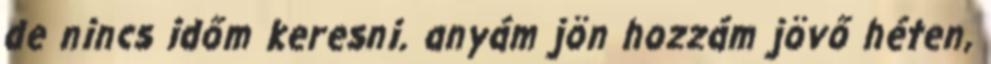
de nincs időm keresni. anyám jön hozzám jövő héten,